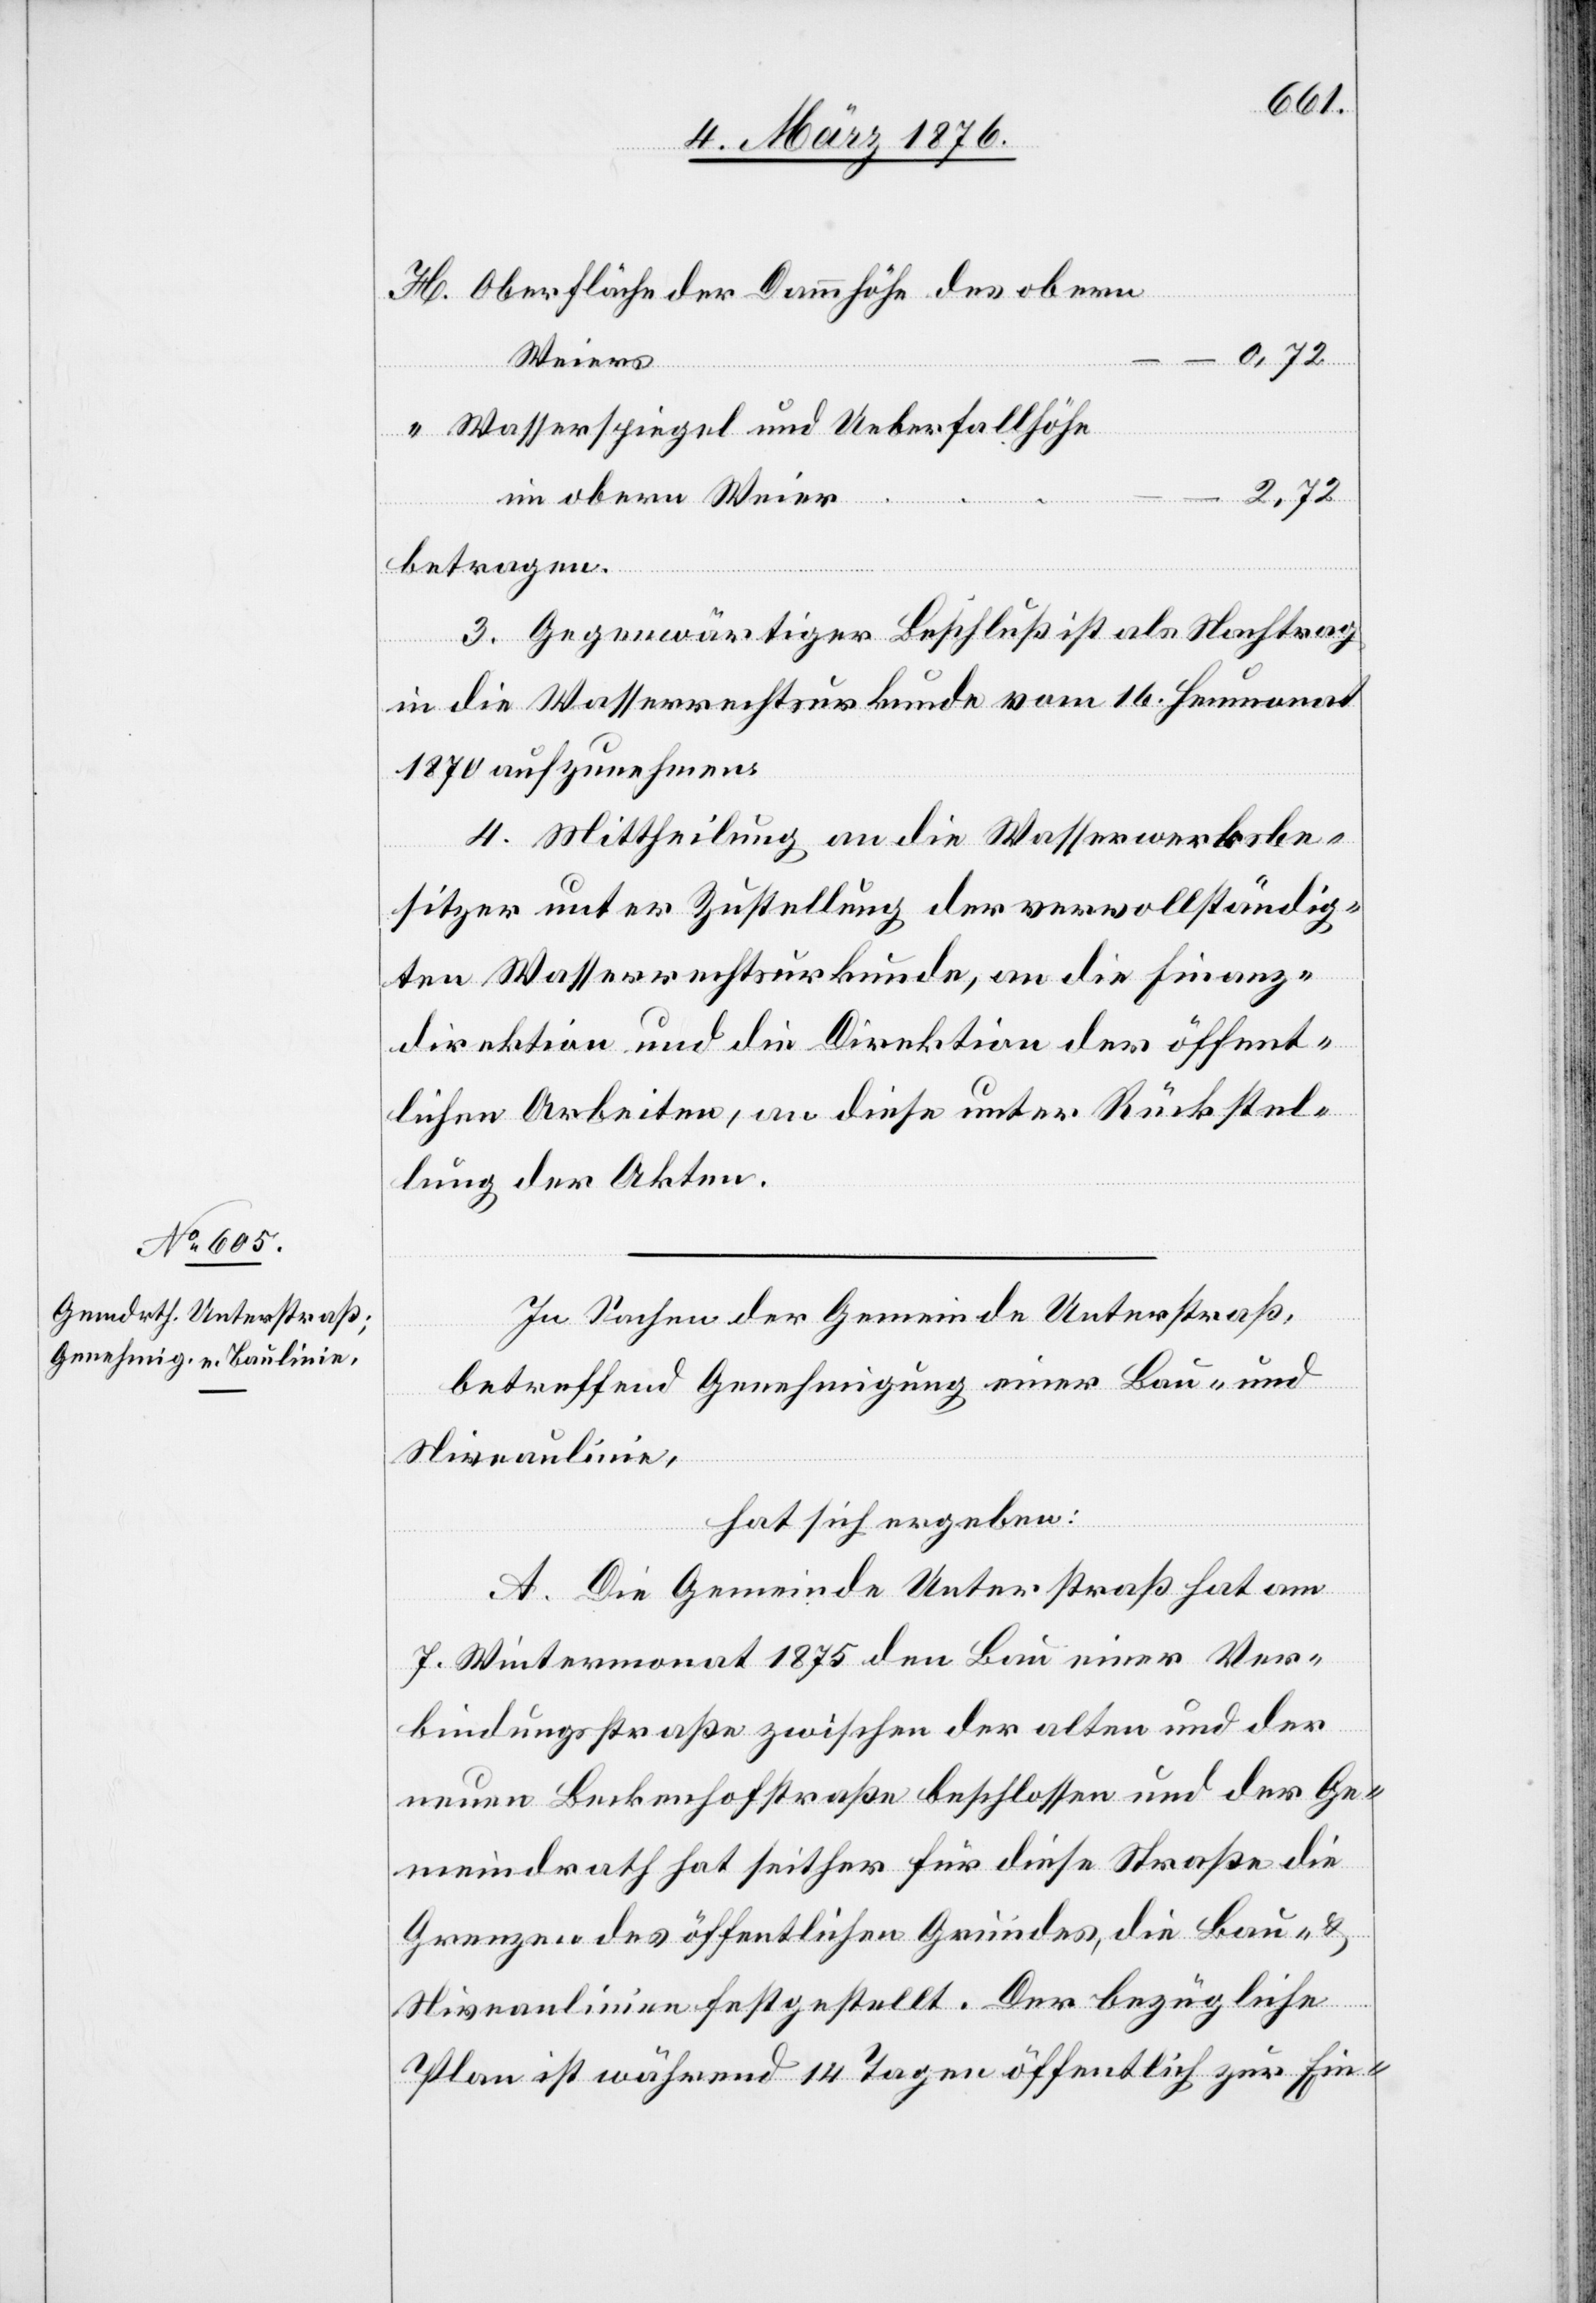
Oberfläche der Dammhöhe des obern
Weiers
0,72
Wasserspiegel und Ueberfallhöhe
2,72
im obern Weier
betragen.
3. Gegenwärtiger Beschluß ist als Nachtrag
in die Wasserrechtsurkunde vom 16. Heumonat
1870 aufzunehmen.
4. Mittheilung an die Wasserwerkbe¬
sitzer unter Zustellung der vervollständig¬
…
ten Wasserrechtsurkunde, an die Finanz¬
direktion und die Direktion der öffent¬
lichen Arbeiten, an diese unter Rückstel¬
lung der Akten.
In Sachen der Gemeinde Unterstraß,
betreffend Genehmigung einer Bau- und
Niveaulinie,
hat sich ergeben:
A. Die Gemeinde Unterstraß hat am
7. Wintermonat 1875 den Bau einer Ver¬
bindungsstraße zwischen der alten und der
neuen Beckenhofstraße beschlossen und der Ge¬
meindrath hat seither für diese Straße die
Grenzen des öffentlichen Grundes, die Bau- &
Niveaulinien festgestellt. Der bezügliche
Plan ist während 14 Tagen öffentlich zur Ein-